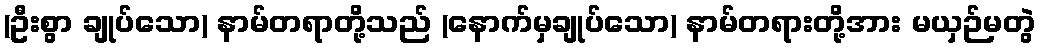
(ဦးစွာ ချုပ်သော) နာမ်တရာတို့သည် (နောက်မှချုပ်သော) နာမ်တရားတို့အား မယှဉ်မတွဲ